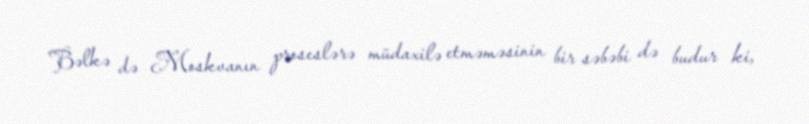
Bəlkə də Moskvanın proseslərə müdaxilə etməməsinin bir səbəbi də budur ki,